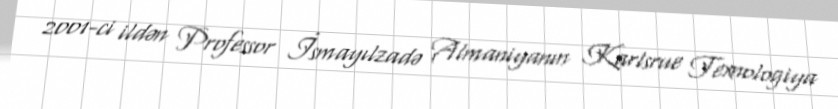
2001-ci ildən Professor İsmayılzadə Almaniyanın Karlsrue Texnologiya